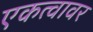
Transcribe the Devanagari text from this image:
एकत्वावर